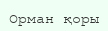
Орман қоры